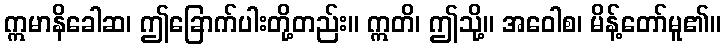
ဣမာနိခေါဆ၊ ဤခြောက်ပါးတို့တည်း။ ဣတိ၊ ဤသို့။ အဝေါစ၊ မိန့်တော်မူ၏။